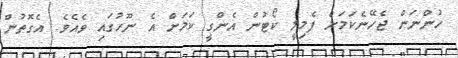
ހުންނަން ޖެހޭނެކަމަށް ފެމިލީ ކޯޓުން އެންގީ ކަމަށް އެ ނޫހުގައި ވެއެވެ. އެގޮތުން